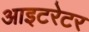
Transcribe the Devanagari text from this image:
आइटरेटर